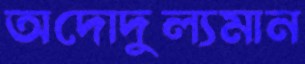
অদোদুল্যমান